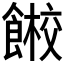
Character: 𱃭